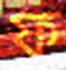
ফ